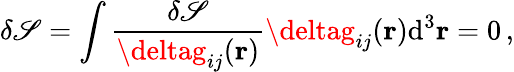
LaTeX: \delta\mathscr{S}=\int{\frac{{\delta\mathscr{S}}}{{\deltag_{ij}(\mathbf{{r}})}}}\deltag_{ij}(\mathbf{{r}})\mathrm{{d}}^{3}\mathbf{{r}}=0\, ,